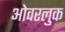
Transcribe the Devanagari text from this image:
ओवरलुक